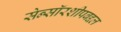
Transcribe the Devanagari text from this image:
सेन्सॉरशीपबद्दल